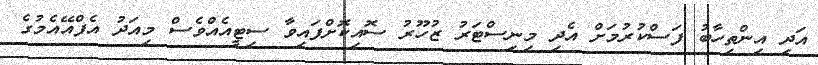
އަދި އިންތިހާބު ފަސްކުރުމަށް އެދި މިނިސްޓަރު ޒުހޫރު ސޮއިކޮށްފައިވާ ސިޓީއެއްވެސް މިއަދު އެފްއޭއެމުގެ